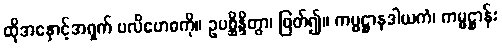
ထိုအနှောင့်အရှက် ပလိဗောဓကို။ ဥပစ္ဆိန္ဒိတွာ၊ ဖြတ်၍။ ကမ္မဋ္ဌာနဒါယကံ၊ ကမ္မဋ္ဌာန်း